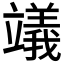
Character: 𥫃